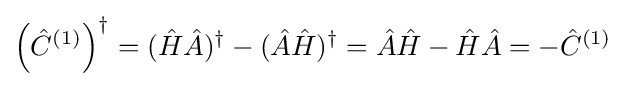
\left({\hat {C}}^{(1)}\right)^{\dagger }=({\hat {H}}{\hat {A}})^{\dagger }-({\hat {A}}{\hat {H}})^{\dagger }={\hat {A}}{\hat {H}}-{\hat {H}}{\hat {A}}=-{\hat {C}}^{(1)}